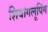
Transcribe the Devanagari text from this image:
शियांगलूपिंग